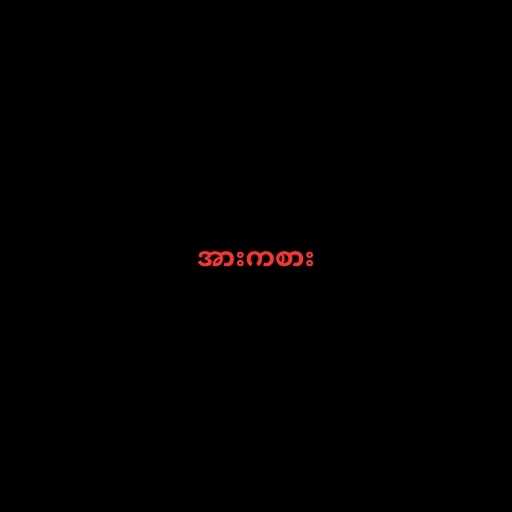
အားကစား